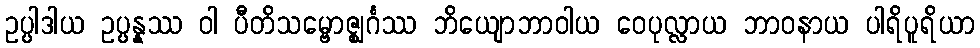
ဥပ္ပါဒါယ ဥပ္ပန္နဿ ဝါ ပီတိသမ္ဗောဇ္ဈင်္ဂဿ ဘိယျောဘာဝါယ ဝေပုလ္လာယ ဘာဝနာယ ပါရိပူရိယာ